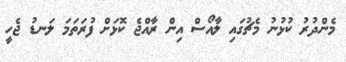
މެންދުރު ކުޅުނު މެޗުގައި ލާއޯސް އިން ރާއްޖެ ކޮޅަށް ފުރަތަމަ ލަނޑު ޖެހީ